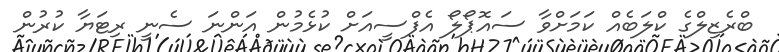
ބްރެޒިލްގެ ކްލަބެއް ކަމަށްވާ ސައޮޕޯލޯ އެފްސީއަށް ކުޅެމުން އަންނަ ސެނީ ރިޓަޔާ ކުރުން